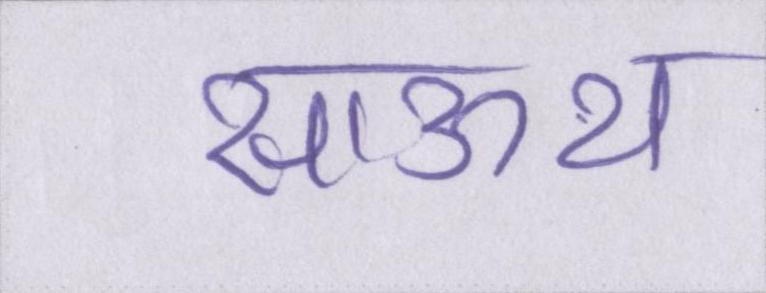
साऊथ